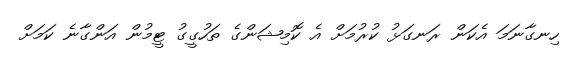
ހިނގާނަމަ އެކަން ރަނގަޅު ކުރުމަށް އެ ކޮމިޝަންގެ ތަހުގީގު ޓީމުން އަންގާނެ ކަމަށް